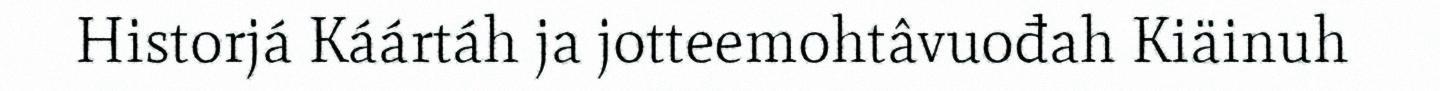
Historjá Káártáh ja jotteemohtâvuođah Kiäinuh